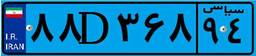
۰۳D۲۳۵۶۵